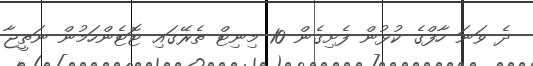
ދެ ވަނަ ހާފްގެ ކުޅުން ފެށިގެން 10 މިނިޓް ތެރޭގައި ޓޮޓެންހަމުން ނަތީޖާ